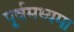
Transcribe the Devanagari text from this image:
पूर्वमध्यमा